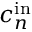
c _ { n } ^ { \mathrm { i n } }